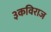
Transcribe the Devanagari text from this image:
३कविराज